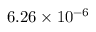
6 . 2 6 \times 1 0 ^ { - 6 }